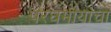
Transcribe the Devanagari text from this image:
परधर्मीयांचा